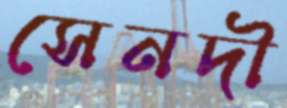
সেনদী